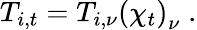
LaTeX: T_{i,t}=T_{i,\nu}\left(\chi_{t}\right)_{\nu}\; .